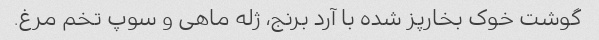
گوشت خوک بخارپز شده با آرد برنج، ژله ماهی و سوپ تخم مرغ.